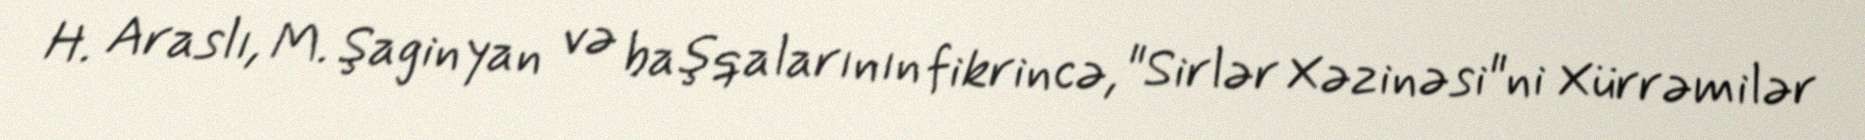
H. Araslı, M. Şaginyan və başqalarının fikrincə, "Sirlər Xəzinəsi"ni Xürrəmilər